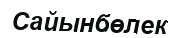
Сайынбөлек